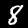
Label: 8